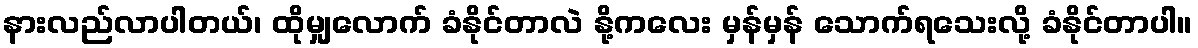
နားလည်လာပါတယ်၊ ထိုမျှလောက် ခံနိုင်တာလဲ နို့ကလေး မှန်မှန် သောက်ရသေးလို့ ခံနိုင်တာပါ။